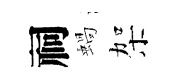
祠蝸架